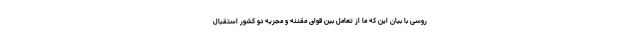
روسی با بیان این که ما از تعامل بین قوای مقننه و مجریه دو کشور استقبال